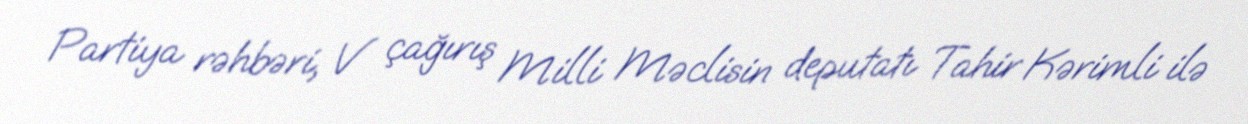
Partiya rəhbəri, V çağırış Milli Məclisin deputatı Tahir Kərimli ilə